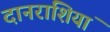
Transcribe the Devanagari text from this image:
दानराशियां